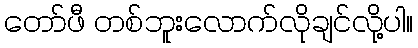
တော်ဖီ တစ်ဘူးလောက်လိုချင်လို့ပါ။